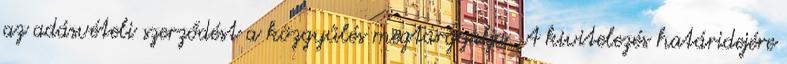
az adásvételi szerződést a közgyűlés megtárgyalja. A kivitelezés határidejére